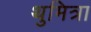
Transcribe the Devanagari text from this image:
थुमित्रा